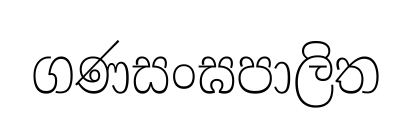
ගණසංඝපාලිත